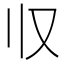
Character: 𰀡